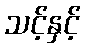
သင့်နှင့်